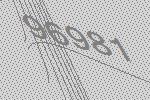
96981